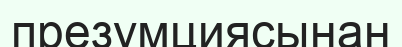
презумциясынан